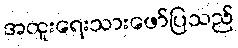
အထူးရေးသားဖော်ပြသည်